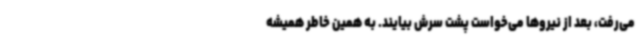
می‌رفت، بعد از نیروها می‌خواست پشت سرش بیایند. به همین خاطر همیشه